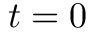
t = 0